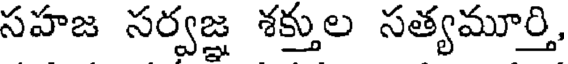
సహజ సర్వజ్ఞ శక్తుల సత్యమూర్తి,